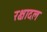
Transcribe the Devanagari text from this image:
रक्षादल